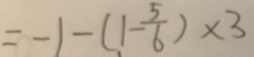
= - 1 - ( 1 - \frac { 5 } { 6 } ) \times 3